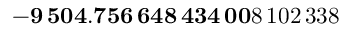
\mathbf { - 9 \, 5 0 4 . 7 5 6 \, 6 4 8 \, 4 3 4 \, 0 0 } 8 \, 1 0 2 \, 3 3 8